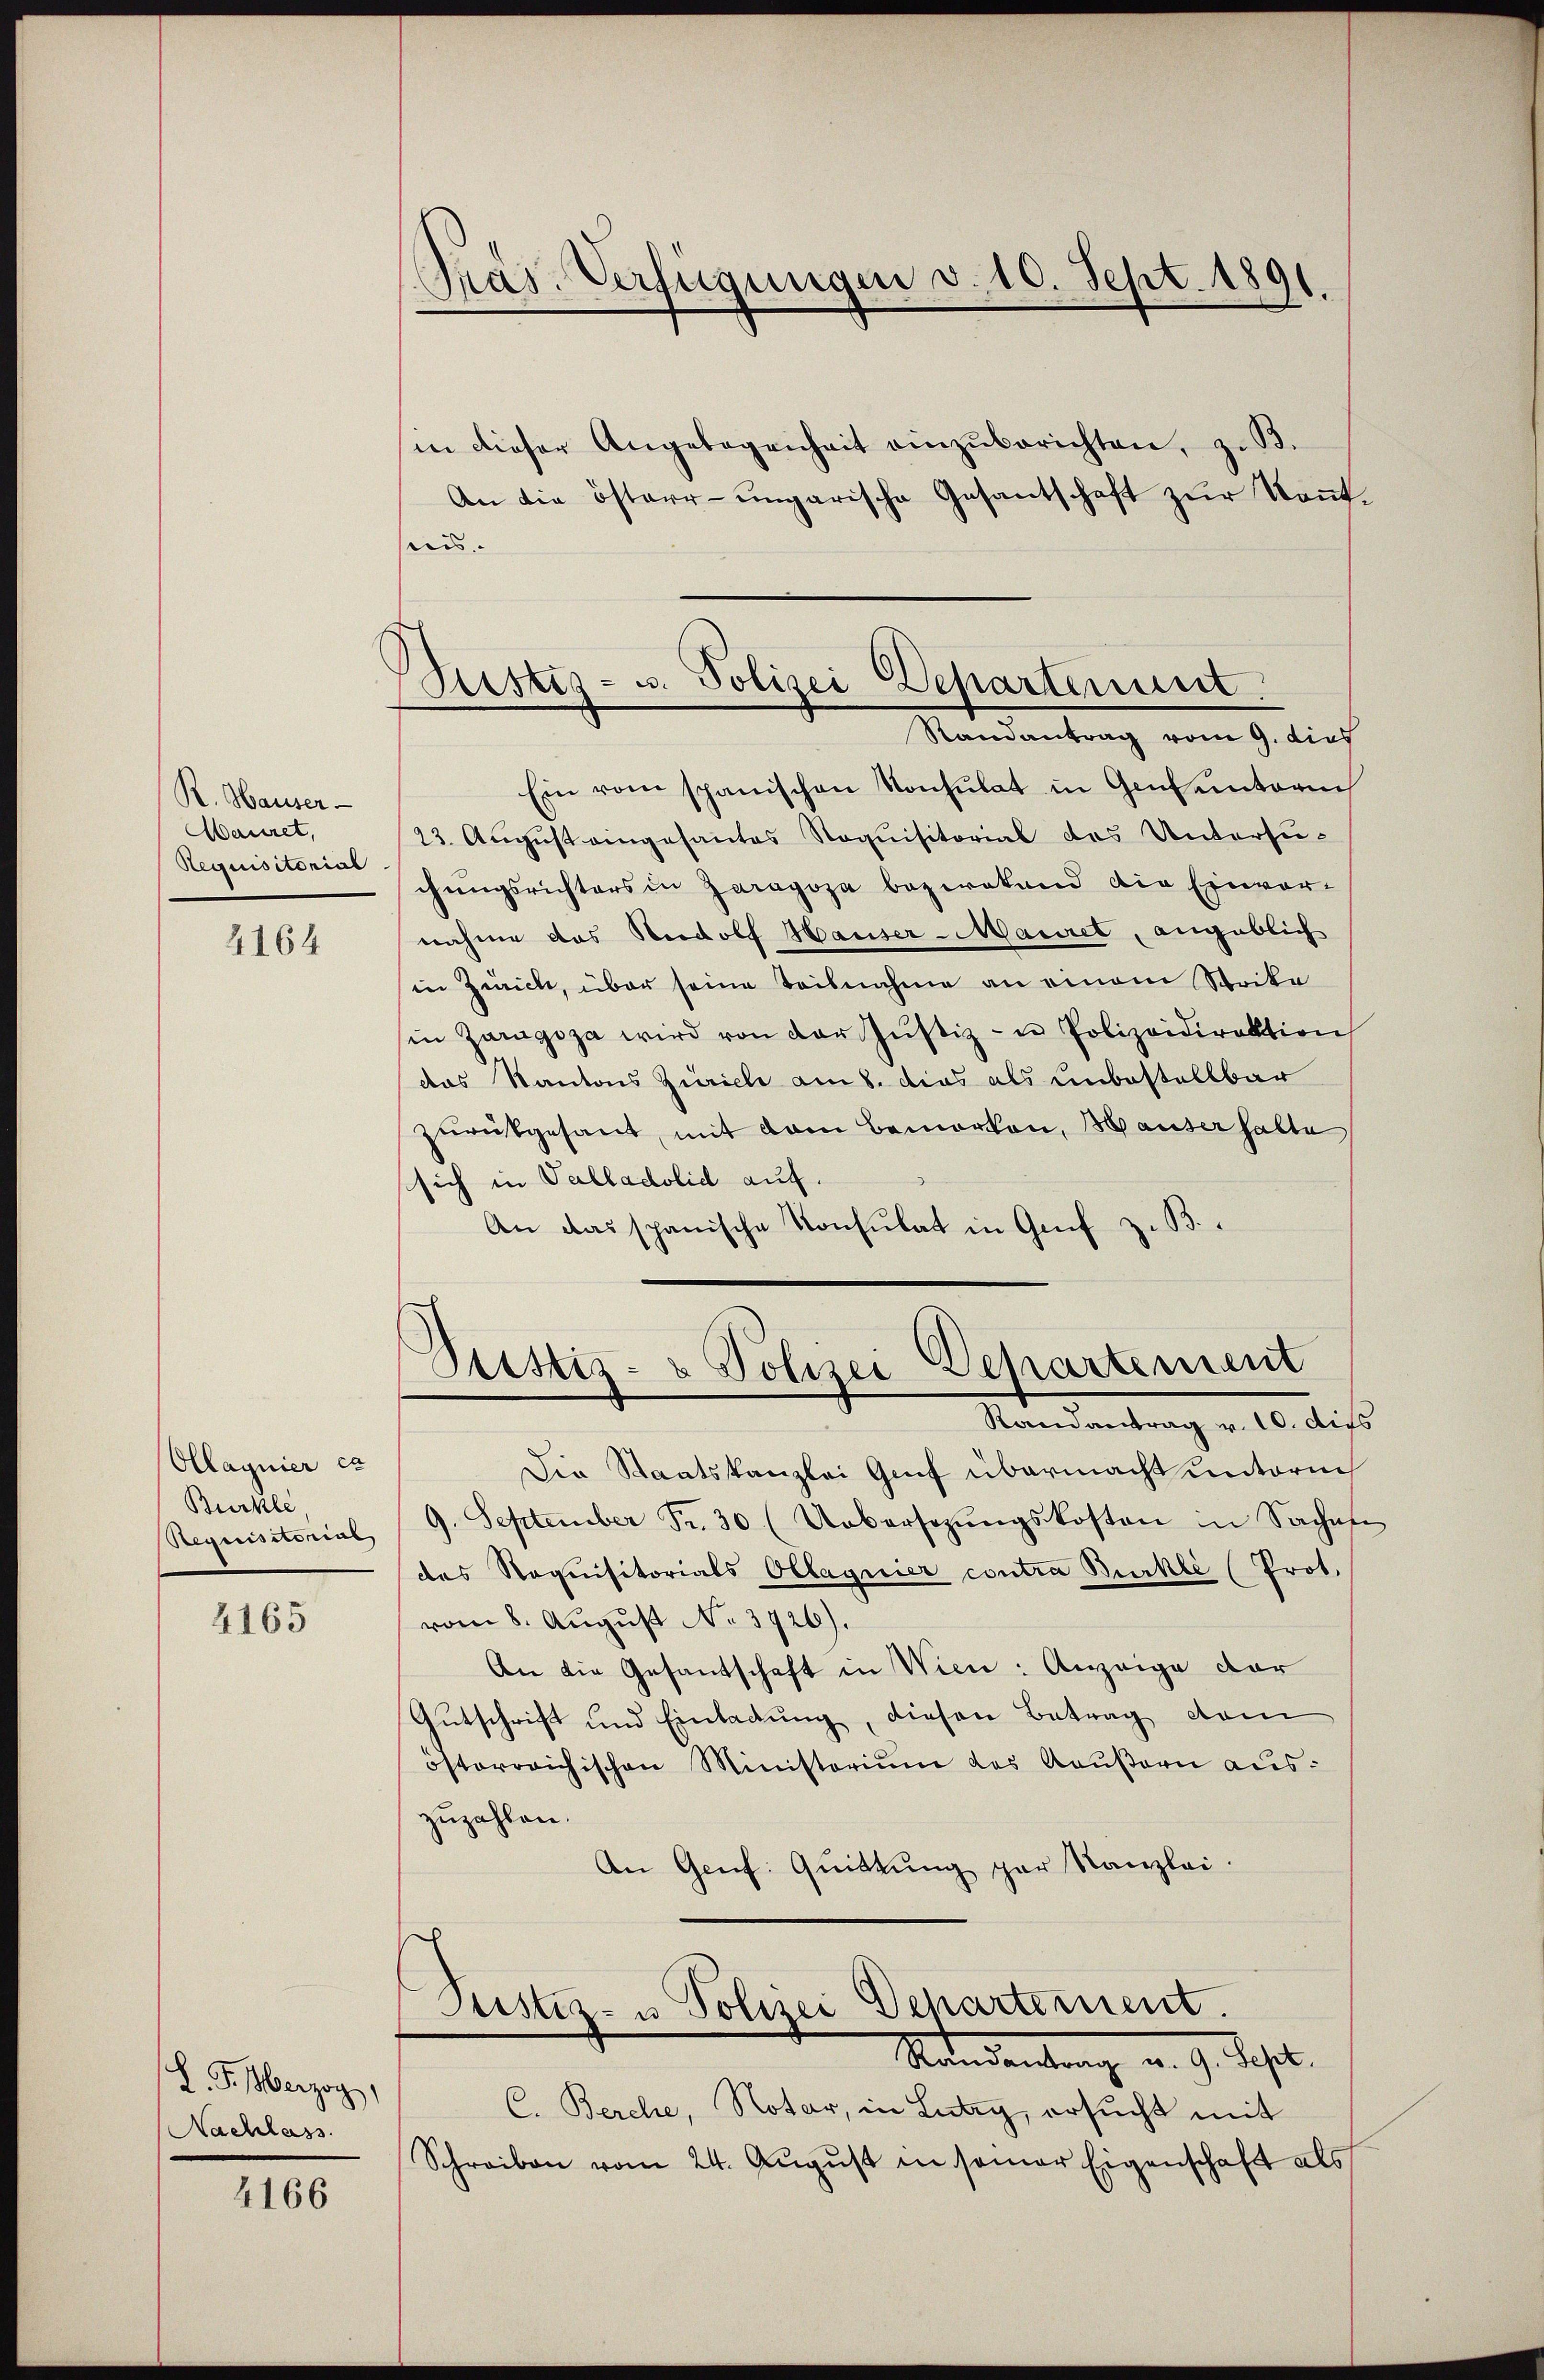
R. Hauser
Mauret,
Requisitorial

4164

Ollagnier ca
Buckle
Requisitorial

4165

L. F. Herzog,
Nachlass

4166

Pras. Verfügungen v. 10. Sept. 1891.

Bustiz- u. Polizei Departement.
Randantrag vom 9. dies

in dieser Angelegenheit einzŭberichten, z. B.
An die österr-ungarische Gesantschaft zŭr Kont.
eis. |
Ein vom spanischen Konsulat in Genunterm
23. August eingesantes Noquisitorial des Untersuchungsrichters in Zaragoza bezwekend die Einvor-
nahme das Nordolf Hauser-Mauret, angeblich
in Zürich, über seine Teilnahme an einem Stocke
in Zaragoza wird von der Justiz- u Polizeidirektion
das Kantons Zürich am 8. dies als unbestellbar
zurückgesant, mit dem Bemerken, Hauser halte
sich in Palladolid auf.
An das spanische Konsulat in Genf z. B.

Justiz- & Polizei Departement
Randantrag v. 10. dies

Die Staatskanzlei Gruf übermacht unterm
9. September Fr. 30. (Uebersezŭngskosten in Sachen
des Requisitorials Ollagnier contra Burkli (Prot.
vom 8. August No. 3726).
An die Gesandschaft in Wien: Anzeige dar
Gutschrift und Einladung, diesen Betrag dem
österreichischen Ministerium des Raußern auszuzahlen.
An Genf. Quittung par Kanzlei.

Justiz- u Polizei Departement.
Mandantung a. g. Sept.

C. Berche, Notar, in Lutry, ersucht mit
Schreiben vom 24. August in seiner Eigenschaft als